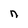
Character: n